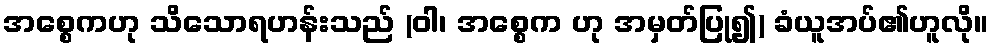
အစ္စေကဟု သိသောရဟန်းသည် (ဝါ၊ အစ္စေက ဟု အမှတ်ပြု၍) ခံယူအပ်၏ဟူလို။